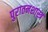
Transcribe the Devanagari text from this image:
पुरातनशास्त्र